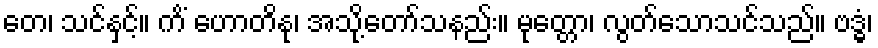
တေ၊ သင်နှင့်။ ကိံ ဟောတိနု၊ အသို့တော်သနည်း။ မုတ္တော၊ လွတ်သောသင်သည်။ ဗဒ္ဓံ၊